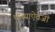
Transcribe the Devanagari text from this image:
थांब्याऐवजी